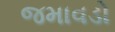
જમાવડો